Civil Veterinary Department Bengal reports 1923-33 - 1923-1933
Year: 1923
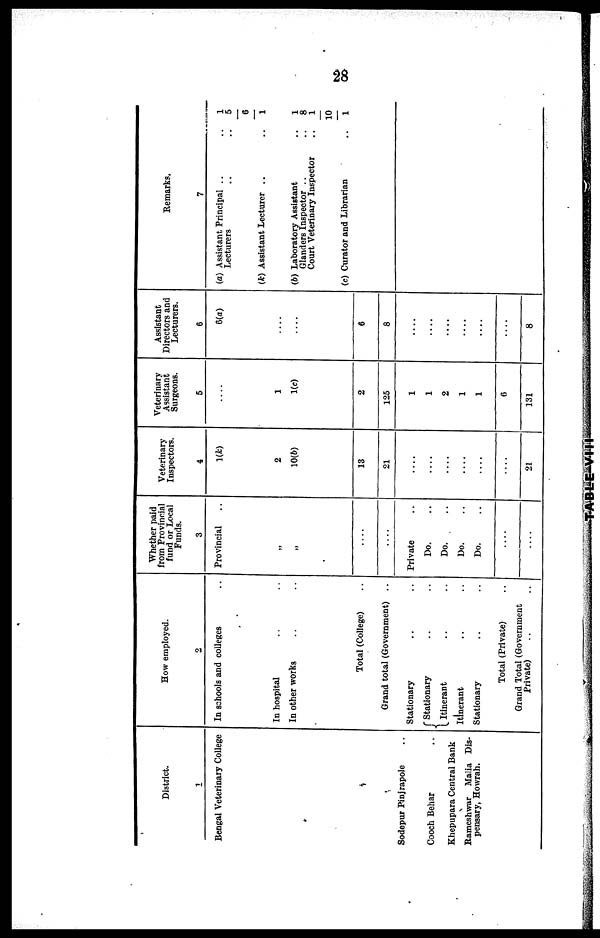
28
District.
1
Bengal Veterinary College
Sodepur Pinjrapole ..
Cooch Behar ..
Khepupara Central Bank
Rameshwar Malia Dis-
pensary, Howrah.
How employed.
2
In schools and colleges ..
In hospital
In other works .. ..
Total (College)
Grand total (Government) ..
Stationary .. ..
....
....
....
....
....
....
....
....
Stationary .. ..
Itinerant .. ..
Itinerant .. ..
Stationary.. ... ...
Total (Private) ..
Grand Total (Government
Private) .. ..
Whether paid
from Provincial
fund or Local
Funds.
3
Provincial ..
„
„
....
....
Private ..
Do. ..
Do. ..
Do. ..
Do. ..
....
....
Veterinary
Inspectors.
4
1(k)
2
10(b)
13
21
....
....
....
....
21
Veterinary
Assistant
Surgeons.
5
.. ..
1
1(c)
2
125
1
1
2
1
1
6
131
Assistant
Directors and
Lecturers.
6
6(a)
....
....
6
8
....
8
Remarks.
7
(a) Assistant Principal .. ..
Lecturers
.. ..
6
(k) Assistant Lecturer ..
(b) Laboratory Assistant
Glanders Inspector ..
Court Veterinary Inspector
(c) Curator and Librarian
1
5
..
1
..
1
..
8
..
1
10
..
1